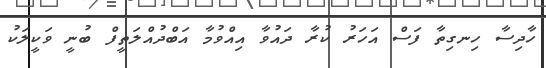
ހާދިސާ ހިނގިތާ ފަސް އަހަރު ކުރާ ދައުވާ އިއްވުމާ އަބްދުއްލަތީފް ބުނީ ވަކީލަކު